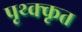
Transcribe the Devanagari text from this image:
पृथ्क्कृत